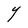
Character: Y